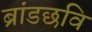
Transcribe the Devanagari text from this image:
ब्रांडछवि